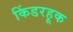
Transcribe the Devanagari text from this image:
किंडरहूक